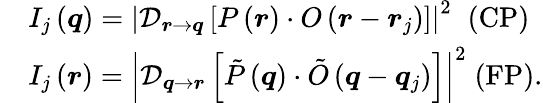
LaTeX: \begin{array}{rl}&{I_{j}\left(\boldsymbol{q}\right)=\left|\mathcal{D}_{\boldsymbol{r}\rightarrow\boldsymbol{q}}\left[P\left(\boldsymbol{r}\right)\cdot O\left(\boldsymbol{r}-\boldsymbol{r}_{j}\right)\right]\right|^{2}\; \; \textrm{(CP)}}\\ &{I_{j}\left(\boldsymbol{r}\right)=\left|\mathcal{D}_{\boldsymbol{q}\rightarrow\boldsymbol{r}}\left[\tilde{P}\left(\boldsymbol{q}\right)\cdot\tilde{O}\left(\boldsymbol{q}-\boldsymbol{q}_{j}\right)\right]\right|^{2}\; \textrm{(FP)}.}\end{array}